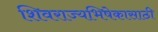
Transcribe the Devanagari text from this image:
शिवराज्यभिषेकासाठी